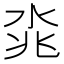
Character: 𣴝